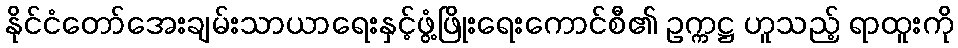
နိုင်ငံတော်အေးချမ်းသာယာရေးနှင့်ဖွံ့ဖြိုးရေးကောင်စီ၏ ဥက္ကဋ္ဌ ဟူသည့် ရာထူးကို